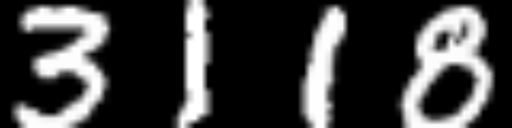
Text: 3118